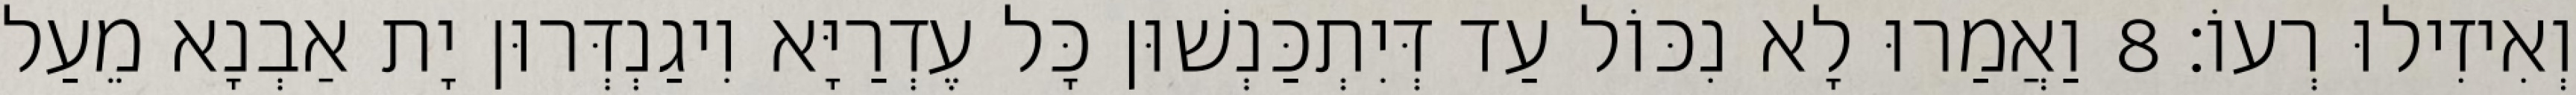
וְאִיזִילוּ רְעוֹ׃ 8 וַאֲמַרוּ לָא נִכּוֹל עַד דְּיִתְכַּנְשׁוּן כָּל עֶדְרַיָּא וִיגַנְדְּרוּן יָת אַבְנָא מֵעַל